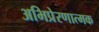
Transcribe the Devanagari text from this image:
अभिप्रेरणात्मक